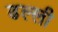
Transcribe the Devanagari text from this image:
ढल्ली